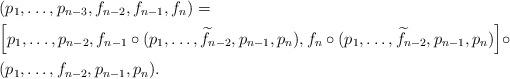
LaTeX: \begin{align*}& (p_{1},\ldots,p_{n-3},f_{n-2},f_{n-1},f_{n}) = \\& \Big[p_{1},\ldots,p_{n-2},f_{n-1}\circ (p_{1},\ldots,\widetilde{f}_{n-2},p_{n-1},p_{n}),f_{n}\circ (p_{1},\ldots,\widetilde{f}_{n-2},p_{n-1},p_{n}) \Big] \circ \\& (p_{1},\ldots,f_{n-2},p_{n-1},p_{n}).\end{align*}